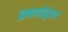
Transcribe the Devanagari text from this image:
प्रथमोद्देश्य